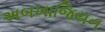
અબખાજિયન